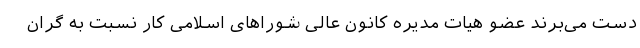
دست می‌برند عضو هیات مدیره کانون عالی شوراهای اسلامی کار نسبت به گران